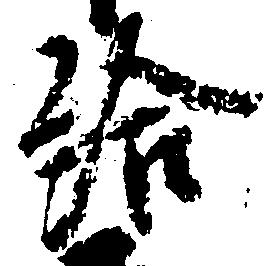
給